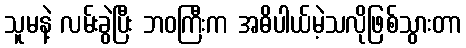
သူမနဲ့ လမ်းခွဲပြီး ဘဝကြီးက အဓိပါယ်မဲ့သလိုဖြစ်သွားတာ